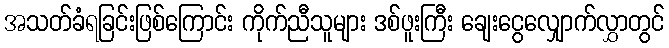
အသတ်ခံရခြင်းဖြစ်ကြောင်း ကိုက်ညီသူများ ဒစ်ဖူးကြီး ချေးငွေလျှောက်လွှာတွင်